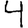
Digit: 4